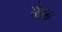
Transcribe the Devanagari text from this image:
सेतना